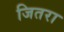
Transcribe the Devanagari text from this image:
जितरा